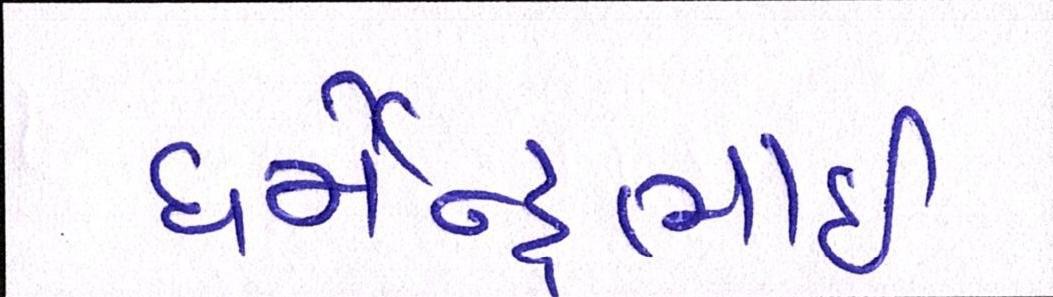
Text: ધર્મેન્દ્રભાઇ